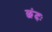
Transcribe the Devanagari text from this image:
छंदः